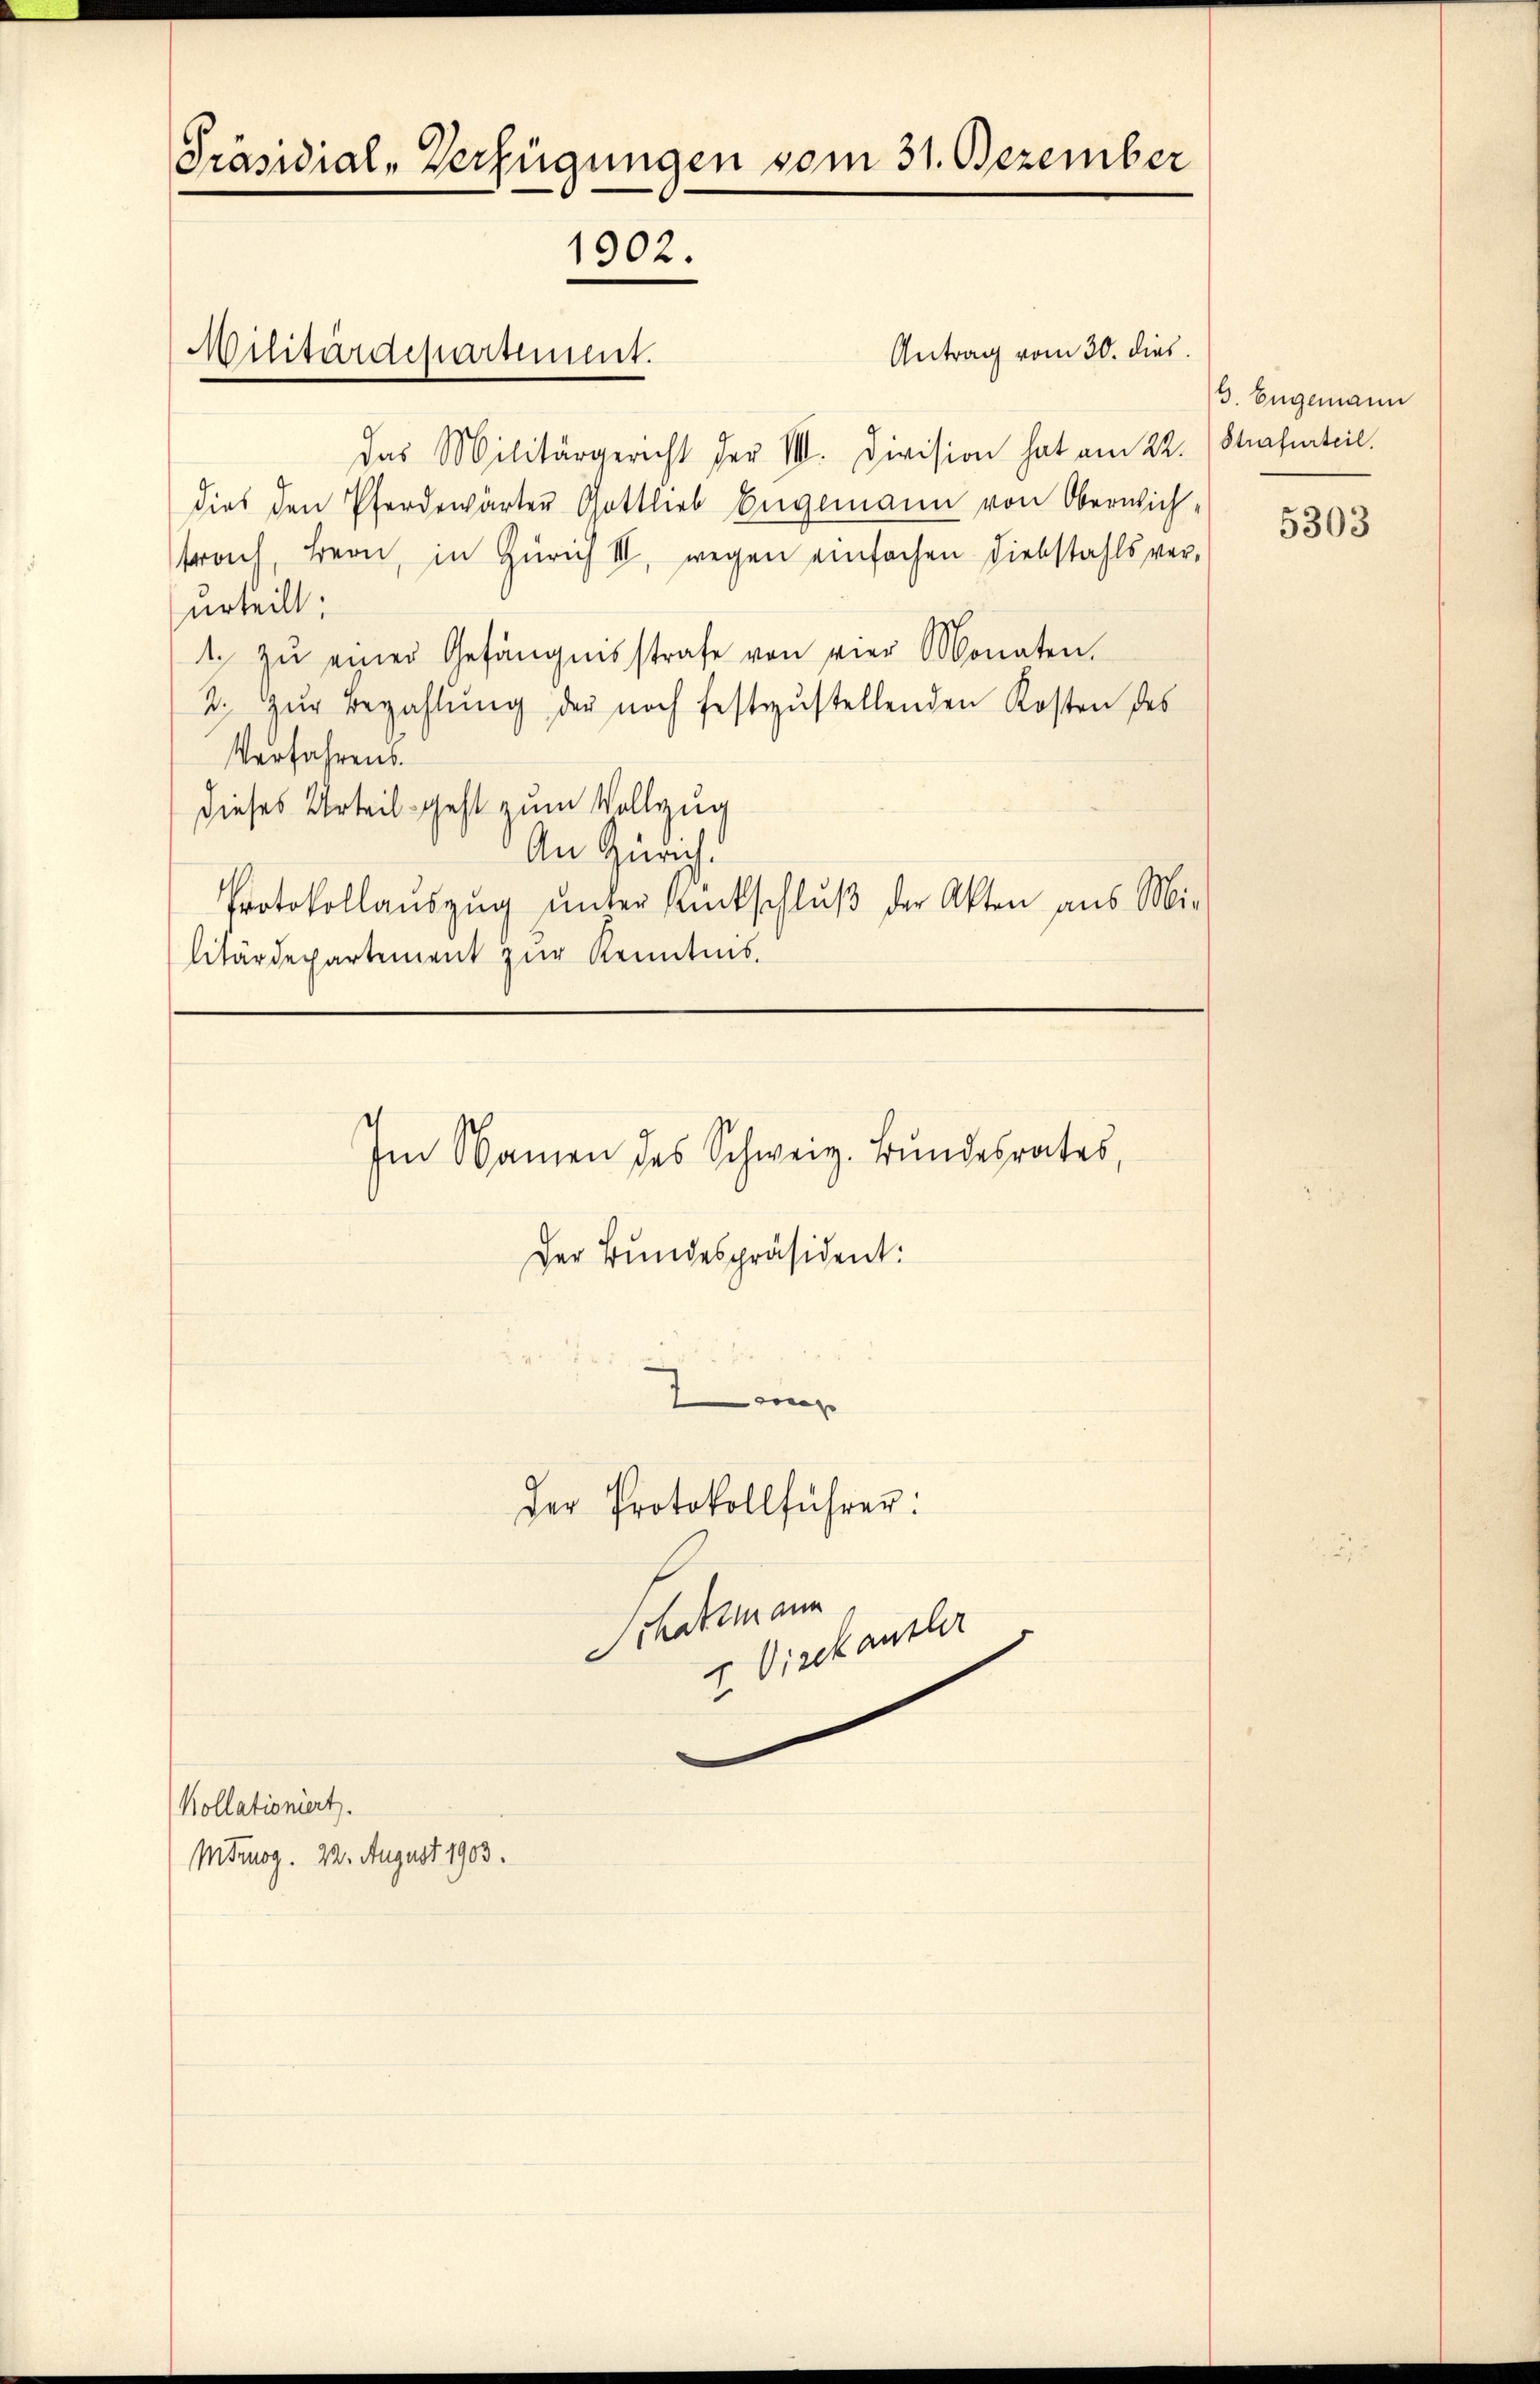
Präsidial-Verfügungen vom 31. Dezember
1902.

Antrag vom 30. dies
das Militärgericht der III. Division hat am 22.
dies den Pferdewärter Gottlieb Engemann von Oberwich-
trach, Bern, in Zürich III, wegen einfachen Diebstahls ver-
urteilt:
1. zŭ einer Gefängnisstrafe von vier Monaten.
2. zŭr Bezahlŭng der noch festzŭstellenden Kosten des
Verfahrens.
dieses Urteil geht zum Vollzug
An Zürich.
Protokollaŭszŭg ŭnter Rückschlŭβ der Akten aus Mi-
litärdepartement zur Kenntnis.

Militärdepartiment.

Im Namen des Schweiz. Bundesrates,
Der Bundespräsident:
m

Kollationiert.
Mtrog. 22. August 1903.

der Protokollführer:

Edtmann

v. Vickenster

/6. Engemann
Strafurteil.

5303